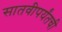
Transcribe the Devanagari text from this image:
सातवीपर्यंतची